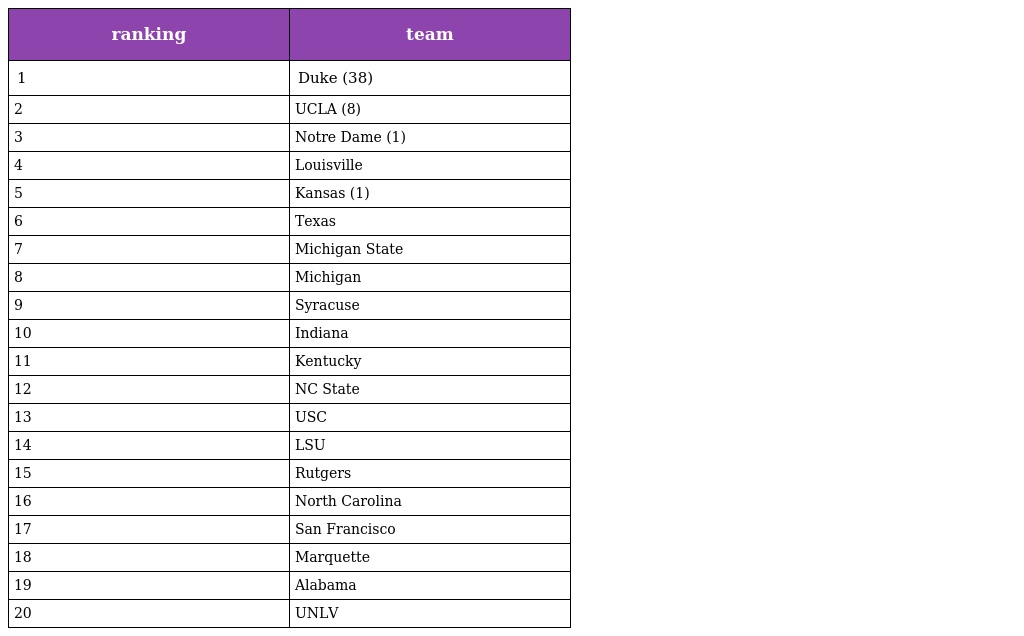
| ranking | team |
 | --- | --- |
 | 1 | Duke (38) |
 | 2 | UCLA (8) |
 | 3 | Notre Dame (1) |
 | 4 | Louisville |
 | 5 | Kansas (1) |
 | 6 | Texas |
 | 7 | Michigan State |
 | 8 | Michigan |
 | 9 | Syracuse |
 | 10 | Indiana |
 | 11 | Kentucky |
 | 12 | NC State |
 | 13 | USC |
 | 14 | LSU |
 | 15 | Rutgers |
 | 16 | North Carolina |
 | 17 | San Francisco |
 | 18 | Marquette |
 | 19 | Alabama |
 | 20 | UNLV |